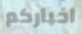
اخباركم